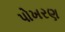
પોખરણ